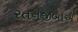
રતનજીબાએ